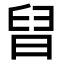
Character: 𣇀